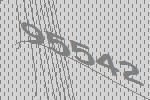
95542